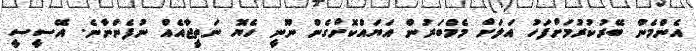
އެންމެން ބޭރުކުރުމަށްފަހު އަލަށް މެމްބަރުން އަޔައްކޮށްގެން ނޫނީ ހެޔޮ ނަތީޖާއެއް ނުފެންނާނެ. އޭސީސީ